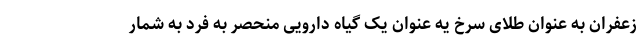
زعفران به عنوان طلای سرخ یه عنوان یک گیاه دارویی منحصر به فرد به شمار